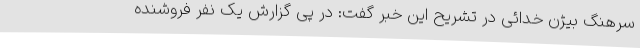
سرهنگ بیژن خدائی در تشریح این خبر گفت: در پی گزارش یک نفر فروشنده